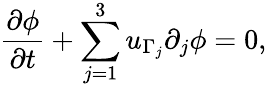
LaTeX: \frac{\partial\phi}{\partial t}+\sum_{j=1}^{3}u_{\Gamma_{j}}\partial_{j}\phi=0,